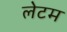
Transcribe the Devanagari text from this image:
लेटम